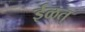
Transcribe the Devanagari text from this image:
ईळत्